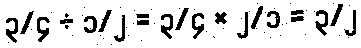
၃/၄ ÷ ၁/၂ = ၃/၄ × ၂/၁ = ၃/၂